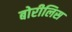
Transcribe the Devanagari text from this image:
बोरीलिस